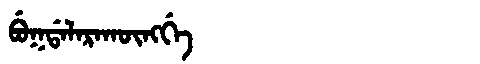
Manchu: ᠪᡠᡴᡩᠠᠯᠠᡵᠠᡴᡡᠩᡤᡝ
Romanization: BUKDALARAKŪNGGE